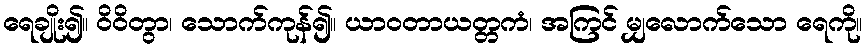
ရေချိုး၍။ ဝိဝိတွာ၊ သောက်ကုန်၍။ ယာဝတာယတ္တကံ၊ အကြင် မျှလောက်သော ရေကို။